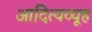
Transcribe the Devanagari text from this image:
आदित्यव्यूह